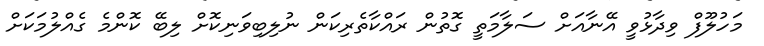
މަހުލޫފް ވިދާޅުވީ އޭނާއަށް ސަލާމަތީ ގޮތުން ރައްކާތެރިކަން ނުލިބިވަނިކޮށް ލިބޭ ކޮންމެ ގެއްލުމަކަށް